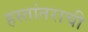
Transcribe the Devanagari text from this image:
हस्तांतराची